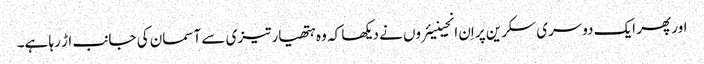
اور پھر ایک دوسری سکرین پر اِن انجینیئروں نے دیکھا کہ وہ ہتھیار تیزی سے آسمان کی جانب اڑ رہا ہے۔